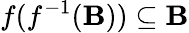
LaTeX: f(f^{-1}(\mathbf{B}))\subseteq\mathbf{B}